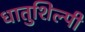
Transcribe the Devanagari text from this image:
धातुशिल्पी